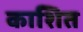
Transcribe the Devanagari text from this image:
काशित